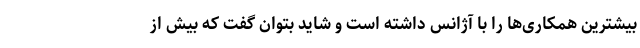
بیشترین همکاری‌ها را با آژانس داشته است و شاید بتوان گفت که بیش از